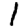
Digit: 1